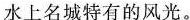
水上名城特有的风光。